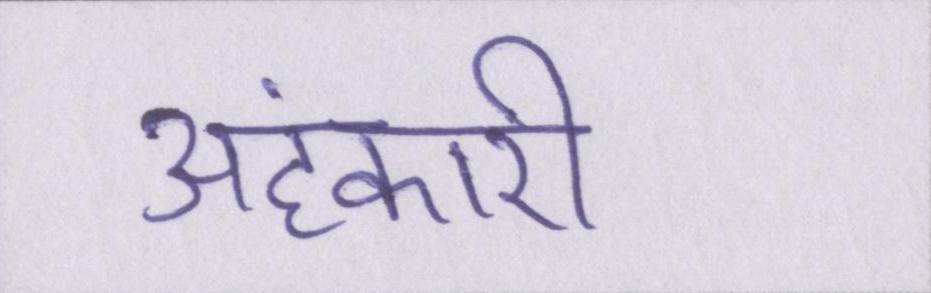
अहंकारी